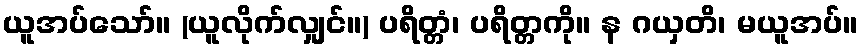
ယူအပ်သော်။ (ယူလိုက်လျှင်။) ပရိတ္တံ၊ ပရိတ္တကို။ န ဂယှတိ၊ မယူအပ်။